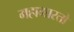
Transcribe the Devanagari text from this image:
महाभारतो